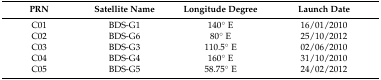
<table><thead><tr><td><b>PRN</b></td><td><b>Satellite Name</b></td><td><b>Longitude Degree</b></td><td><b>Launch Date</b></td></tr></thead><tbody><tr><td>C01</td><td>BDS-G1</td><td>140° E</td><td>16/01/2010</td></tr><tr><td>C02</td><td>BDS-G6</td><td>80° E</td><td>25/10/2012</td></tr><tr><td>C03</td><td>BDS-G3</td><td>110.5° E</td><td>02/06/2010</td></tr><tr><td>C04</td><td>BDS-G4</td><td>160° E</td><td>31/10/2010</td></tr><tr><td>C05</td><td>BDS-G5</td><td>58.75° E</td><td>24/02/2012</td></tr></tbody></table>